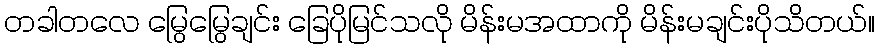
တခါတလေ မြွေမြွေချင်း ခြေပိုမြင်သလို မိန်းမအထာကို မိန်းမချင်းပိုသိတယ်။